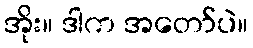
အိုး။ ဒါက အတော်ပဲ။